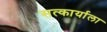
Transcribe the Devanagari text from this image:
सत्कार्याला